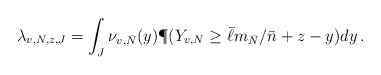
\begin{align*}\lambda_{v, N, z , J} = \int_{J} \nu_{v, \bar N}(y) \P(Y_{v, N}\geq \bar \ell m_{\bar N}/\bar n + z - y) dy\,.\end{align*}